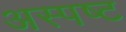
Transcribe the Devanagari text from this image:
अस्पष्ट